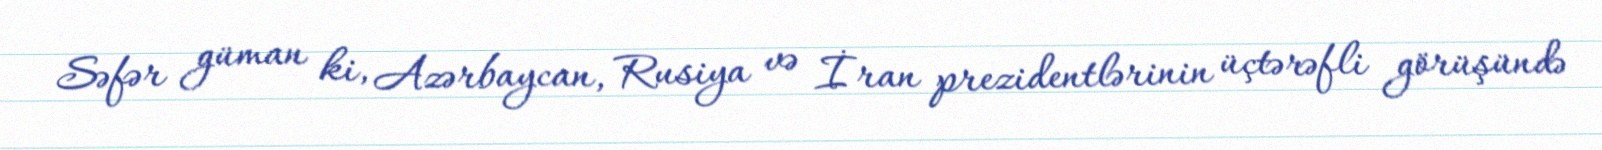
Səfər güman ki, Azərbaycan, Rusiya və İran prezidentlərinin üçtərəfli görüşündə